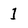
Character: 1